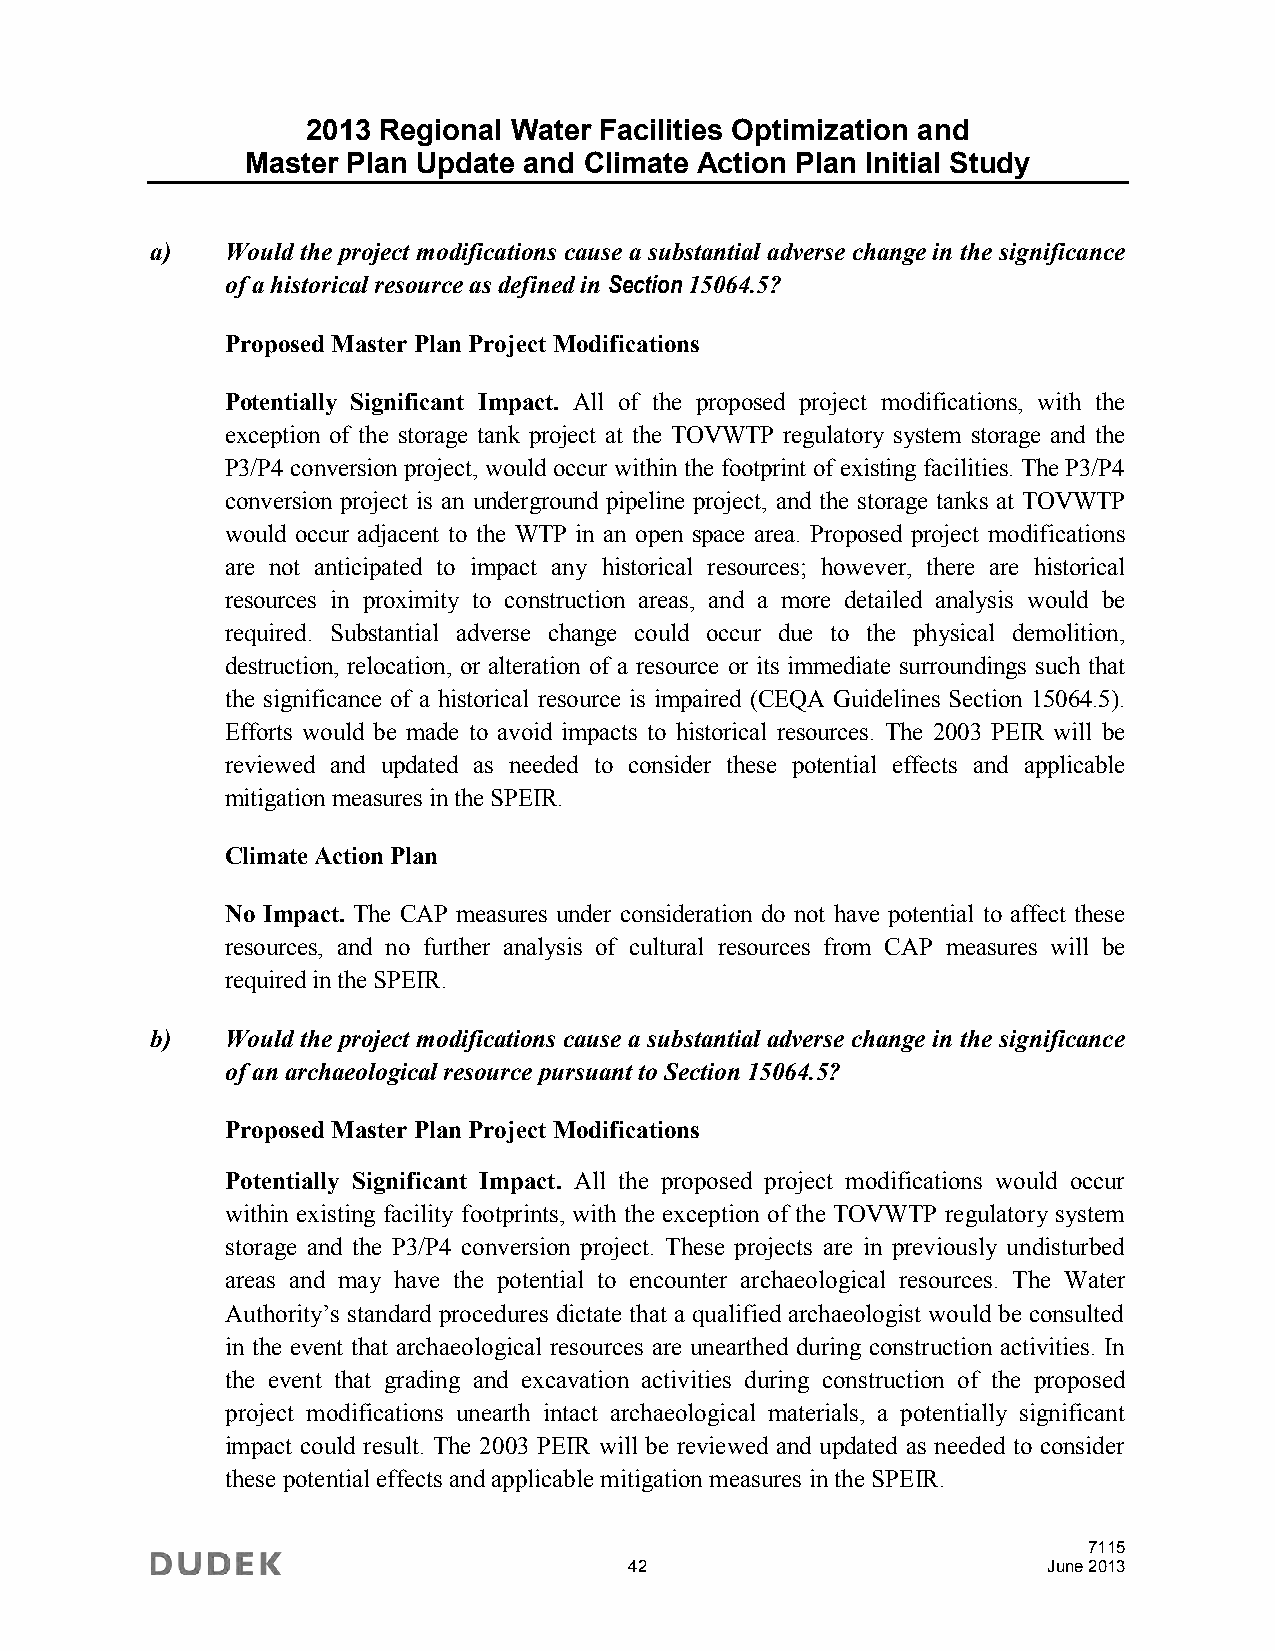
2013 Regional Water Facilities Optimization and
 Master Plan Update and Climate Action Plan Initial Study
 a)   Would the project modifications cause a substantial adverse change in the significance
 of a historical resource as defined in Section 15064.5?
 Proposed Master Plan Project Modifications
 Potentially Significant Impact. All of the proposed project modifications, with the
 exception of the storage tank project at the TOVWTP regulatory system storage and the
 P3/P4 conversion project, would occur within the footprint of existing facilities. The P3/P4
 conversion project is an underground pipeline project, and the storage tanks at TOVWTP
 would occur adjacent to the WTP in an open space area. Proposed project modifications
 are not anticipated to impact any historical resources; however, there are historical
 resources in proximity to construction areas, and a more detailed analysis would be
 required. Substantial adverse change could occur due to the physical demolition,
 destruction, relocation, or alteration of a resource or its immediate surroundings such that
 the significance of a historical resource is impaired (CEQA Guidelines Section 15064.5).
 Efforts would be made to avoid impacts to historical resources. The 2003 PEIR will be
 reviewed and updated as needed to consider these potential effects and applicable
 mitigation measures in the SPEIR.
 Climate Action Plan
 No Impact. The CAP measures under consideration do not have potential to affect these
 resources, and no further analysis of cultural resources from CAP measures will be
 required in the SPEIR.
 b)   Would the project modifications cause a substantial adverse change in the significance
 of an archaeological resource pursuant to Section 15064.5?
 Proposed Master Plan Project Modifications
 Potentially Significant Impact. All the proposed project modifications would occur
 within existing facility footprints, with the exception of the TOVWTP regulatory system
 storage and the P3/P4 conversion project. These projects are in previously undisturbed
 areas and may have the potential to encounter archaeological resources. The Water
 Authority’s standard procedures dictate that a qualified archaeologist would be consulted
 in the event that archaeological resources are unearthed during construction activities. In
 the event that grading and excavation activities during construction of the proposed
 project modifications unearth intact archaeological materials, a potentially significant
 impact could result. The 2003 PEIR will be reviewed and updated as needed to consider
 these potential effects and applicable mitigation measures in the SPEIR.
 7115
 42                         June 2013